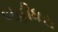
બહીધરા